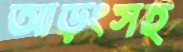
আড়ংসহ